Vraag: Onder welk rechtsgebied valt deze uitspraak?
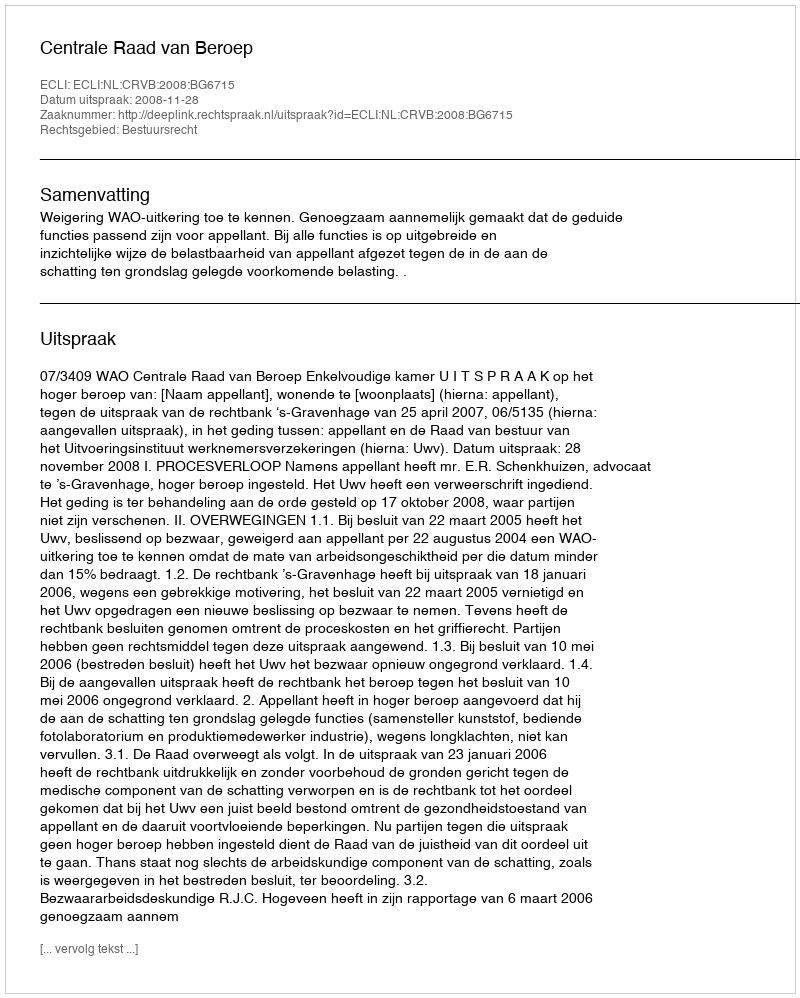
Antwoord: Bestuursrecht